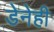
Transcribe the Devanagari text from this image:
डेनेही